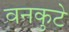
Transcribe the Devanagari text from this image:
वनकुटे